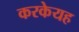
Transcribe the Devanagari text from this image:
करकेयह